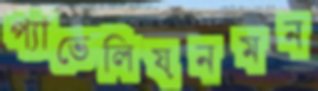
প্যাভেলিয়নমন